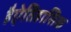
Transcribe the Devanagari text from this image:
हैऐतिहासिक